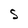
Character: S